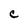
Character: c